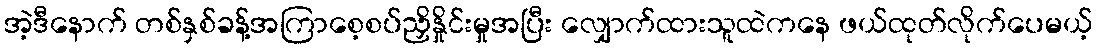
အဲ့ဒီနောက် တစ်နှစ်ခန့်အကြာစေ့စပ်ညှိနှိုင်းမှုအပြီး လျှောက်ထားသူထဲကနေ ဖယ်ထုတ်လိုက်ပေမယ့်